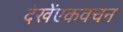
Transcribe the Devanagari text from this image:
देखेंएकवचन